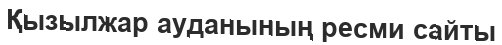
Қызылжар ауданының ресми сайты